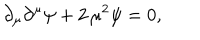
LaTeX: \partial _ { \mu } \partial ^ { \mu } \psi + 2 \, \mu ^ { 2 } \psi = 0 ,